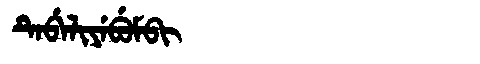
Manchu: ᡨᡝᠪᡝᠯᡳᠶᡝᠪᡠᠮᠪᡳ
Romanization: TEBELIYEBUMBI